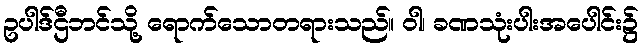
ဥပါဒ်ဌီဘင်သို့ ရောက်သောတရားသည်။ ဝါ၊ ခဏသုံးပါးအပေါင်း၌